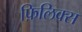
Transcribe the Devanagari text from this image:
फ़िलिक्स